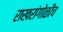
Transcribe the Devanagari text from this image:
राखरांगोळीच